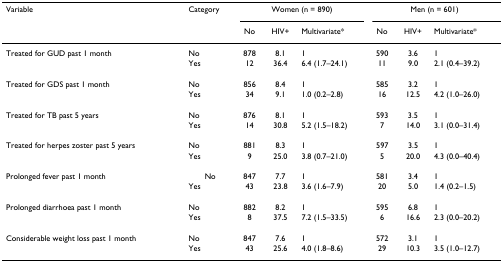
<table><thead><tr><td><b>Variable</b></td><td><b>Category</b></td><td colspan="3"><b>Women (n = 890)</b></td><td colspan="3"><b>Men (n = 601)</b></td></tr><tr><td></td><td></td><td><b>No</b></td><td><b>HIV+</b></td><td><b>Multivariate*</b></td><td><b>No</b></td><td><b>HIV+</b></td><td><b>Multivariate*</b></td></tr></thead><tbody><tr><td>Treated for GUD past 1 month</td><td>No</td><td>878</td><td>8.1</td><td>1</td><td>590</td><td>3.6</td><td>1</td></tr><tr><td></td><td>Yes</td><td>12</td><td>36.4</td><td>6.4 (1.7–24.1)</td><td>11</td><td>9.0</td><td>2.1 (0.4–39.2)</td></tr><tr><td>Treated for GDS past 1 month</td><td>No</td><td>856</td><td>8.4</td><td>1</td><td>585</td><td>3.2</td><td>1</td></tr><tr><td></td><td>Yes</td><td>34</td><td>9.1</td><td>1.0 (0.2–2.8)</td><td>16</td><td>12.5</td><td>4.2 (1.0–26.0)</td></tr><tr><td>Treated for TB past 5 years</td><td>No</td><td>876</td><td>8.1</td><td>1</td><td>593</td><td>3.5</td><td>1</td></tr><tr><td></td><td>Yes</td><td>14</td><td>30.8</td><td>5.2 (1.5–18.2)</td><td>7</td><td>14.0</td><td>3.1 (0.0–31.4)</td></tr><tr><td>Treated for herpes zoster past 5 years</td><td>No</td><td>881</td><td>8.3</td><td>1</td><td>597</td><td>3.5</td><td>1</td></tr><tr><td></td><td>Yes</td><td>9</td><td>25.0</td><td>3.8 (0.7–21.0)</td><td>5</td><td>20.0</td><td>4.3 (0.0–40.4)</td></tr><tr><td>Prolonged fever past 1 month</td><td>No</td><td>847</td><td>7.7</td><td>1</td><td>581</td><td>3.4</td><td>1</td></tr><tr><td></td><td>Yes</td><td>43</td><td>23.8</td><td>3.6 (1.6–7.9)</td><td>20</td><td>5.0</td><td>1.4 (0.2–1.5)</td></tr><tr><td>Prolonged diarrhoea past 1 month</td><td>No</td><td>882</td><td>8.2</td><td>1</td><td>595</td><td>6.8</td><td>1</td></tr><tr><td></td><td>Yes</td><td>8</td><td>37.5</td><td>7.2 (1.5–33.5)</td><td>6</td><td>16.6</td><td>2.3 (0.0–20.2)</td></tr><tr><td>Considerable weight loss past 1 month</td><td>No</td><td>847</td><td>7.6</td><td>1</td><td>572</td><td>3.1</td><td>1</td></tr><tr><td></td><td>Yes</td><td>43</td><td>25.6</td><td>4.0 (1.8–8.6)</td><td>29</td><td>10.3</td><td>3.5 (1.0–12.7)</td></tr></tbody></table>